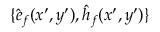
\{ { \hat { e } } _ { f } ( x ^ { \prime } , y ^ { \prime } ) , { \hat { h } } _ { f } ( x ^ { \prime } , y ^ { \prime } ) \}